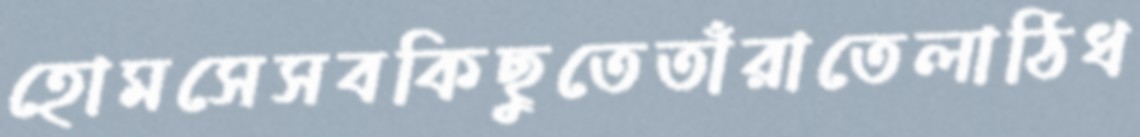
হোমসেসবকিছুতেতাঁরাতেলাঠিধ